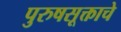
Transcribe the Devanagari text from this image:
पुरुषसूक्ताचे